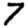
Digit: 7